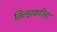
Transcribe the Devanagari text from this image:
जिल्हाकरिता